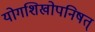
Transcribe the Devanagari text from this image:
योगशिखोपनिषत्‌